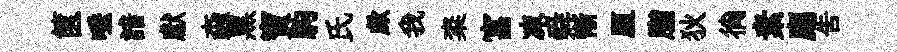
篋唾諳獻螙黑寶駒氏歔我粢富凍舜慚厘脂狄徜素廌告